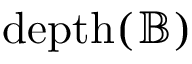
\mathrm { { d e p t h } } ( { \mathbb { B } } )